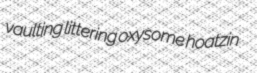
vaulting littering oxysome hoatzin